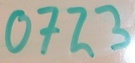
Text: 0723